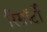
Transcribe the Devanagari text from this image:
रिसॉर्टों